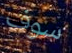
سوف